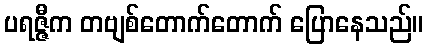
ပရဇ္ဇီက တဗျစ်တောက်တောက် ပြောနေသည်။